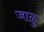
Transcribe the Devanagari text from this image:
जाळु